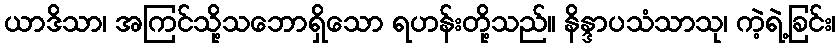
ယာဒိသာ၊ အကြင်သို့သဘောရှိသော ရဟန်းတို့သည်။ နိန္ဒာပသံသာသု၊ ကဲ့ရဲ့ခြင်း၊